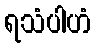
ရသံပါဟံ